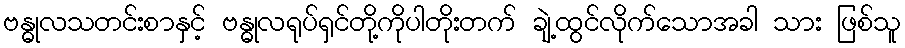
ဗန္ဓုလသတင်းစာနှင့် ဗန္ဓုလရုပ်ရှင်တို့ကိုပါတိုးတက် ချဲ့ထွင်လိုက်သောအခါ သား ဖြစ်သူ